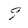
Character: 9